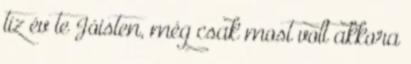
tíz év te Jóisten, még csak most volt akkora